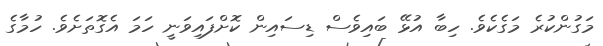
މަގުންކުރެ މަގެކެވެ. ހިބާ އުޅޭ ބައިވެސް ޑިސައިން ކޮށްފައިވަނީ ހަމަ އެގޮތަށެވެ. ހުމާގެ